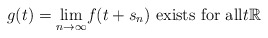
\begin{align*}g(t)=\underset{n\rightarrow\infty}{\lim}f(t+s_{n})\text{ exists for all}t\mathbb{R}\end{align*}